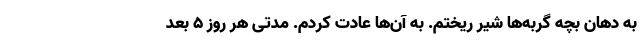
به دهان بچه گربه‌ها شیر ریختم. به آن‌ها عادت کردم. مدتی هر روز ۵ بعد